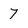
Character: 7